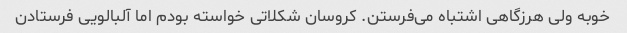
خوبه ولی هرزگاهی اشتباه می‌فرستن. کروسان شکلاتی خواسته بودم اما آلبالویی فرستادن